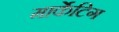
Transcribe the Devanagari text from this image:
मार्केटिग